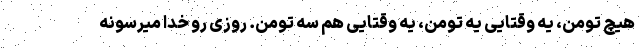
هیچ تومن، یه وقتایی یه تومن، یه وقتایی هم سه تومن. روزی رو خدا میرسونه